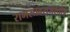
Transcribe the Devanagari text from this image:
रामस्तवराजस्तोत्र